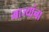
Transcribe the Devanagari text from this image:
भाज्यांना